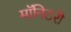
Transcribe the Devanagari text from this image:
मॉनिटरी